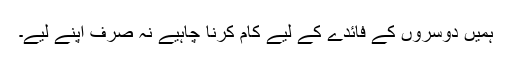
ہمیں دوسروں کے فائدے کے لیے کام کرنا چاہیے نہ صرف اپنے لیے۔